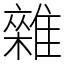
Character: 雜